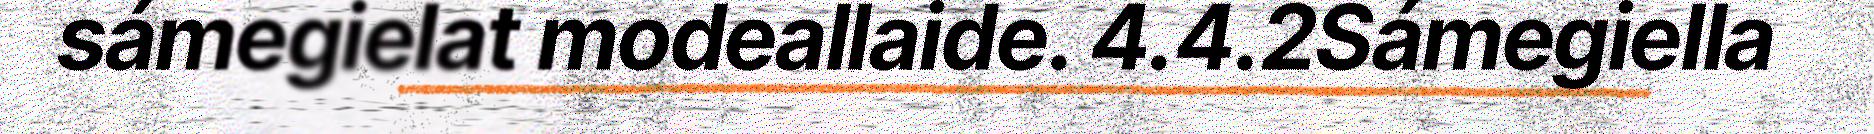
sámegielat modeallaide. 4.4.2Sámegiella